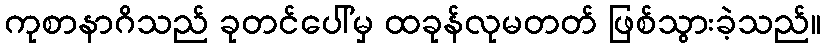
ကုစာနာဂိသည် ခုတင်ပေါ်မှ ထခုန်လုမတတ် ဖြစ်သွားခဲ့သည်။